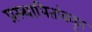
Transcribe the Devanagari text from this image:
प्रस्थापितांकडून